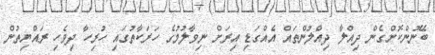
ބޭނުންކޮށްގެން ދިއްލާ ދިއްލުންތައް އެއްގަޑި އިރަށް ނިވާލުމުގެ ހަރަކާތުގައި ހުރިހާ ދިވެހި ރައްޔިތުން